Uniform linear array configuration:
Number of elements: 4
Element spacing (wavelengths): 0.25
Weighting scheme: uniform
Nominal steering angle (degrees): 60
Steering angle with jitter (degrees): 59.007
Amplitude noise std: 0.05
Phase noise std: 0.05

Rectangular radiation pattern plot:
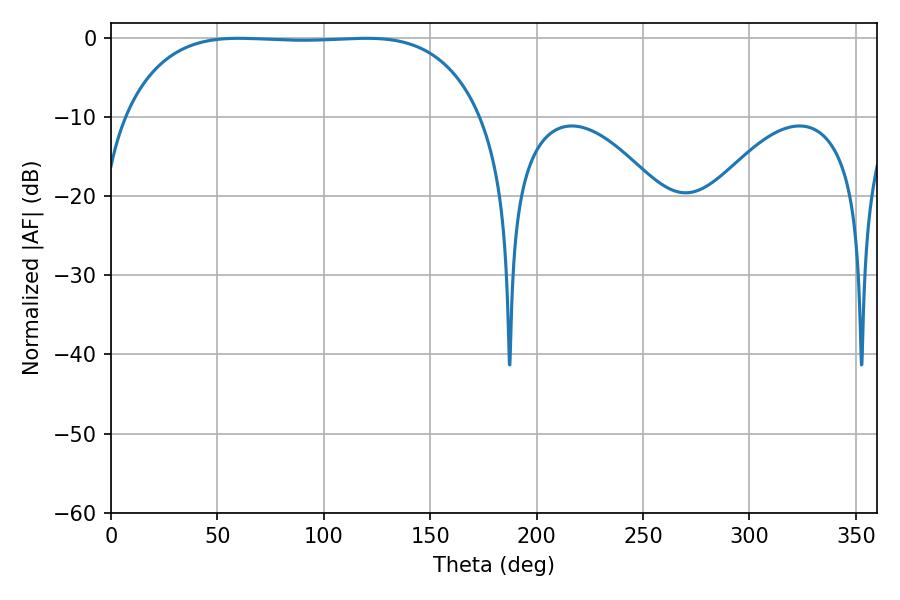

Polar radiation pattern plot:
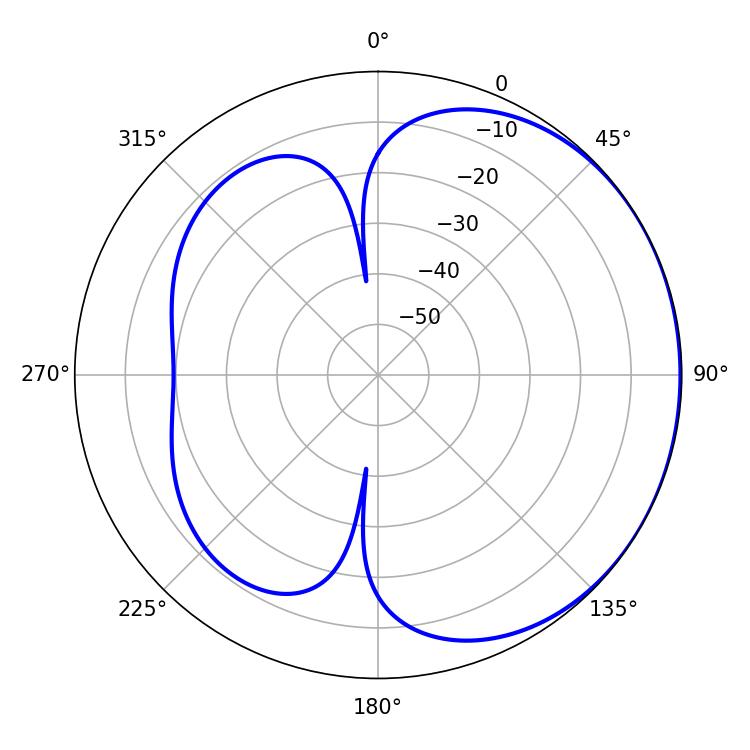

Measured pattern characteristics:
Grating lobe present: FALSE
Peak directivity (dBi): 0.8045
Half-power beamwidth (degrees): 131.04
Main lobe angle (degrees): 60.12